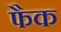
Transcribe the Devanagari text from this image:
फैक